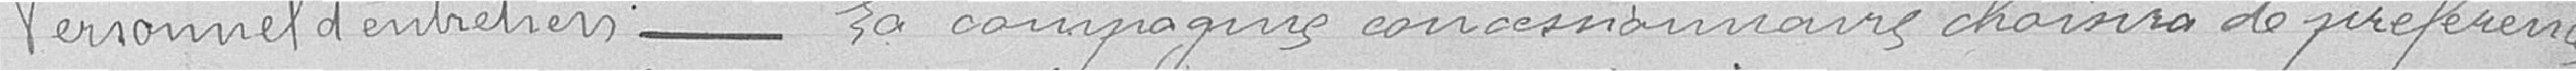
Personnel d'entretiens ------- La compagnie concessionnaire choisira de préférence